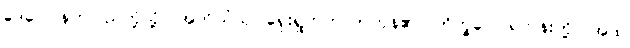
ဒေဝေ၊ နတ်ပြည်တို့သို့။ အဘိယံသု၊ ရှေးရှုတက်လာကုန်၏။ ဘိက္ခဝေ၊ ရဟန်းတို့။ အထ